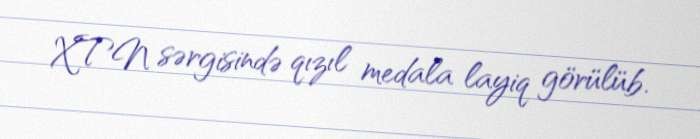
XTN sərgisində qızıl medala layiq görülüb.